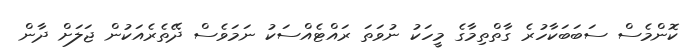
ކޮންމެސް ސަބަބަކާހުރެ ގާތްތިމާގެ މީހަކު ނުވަތަ ރައްޓެއްސަކު ނަމަވެސް ދޭތެރެއަކުން ޖަލަށް ދާން